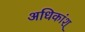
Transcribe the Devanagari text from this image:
अधिकांश्